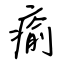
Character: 瘉